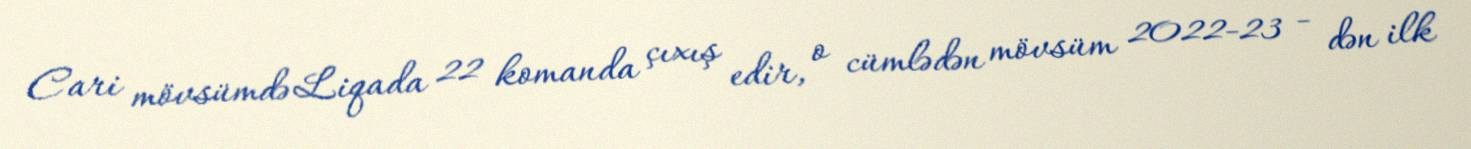
Cari mövsümdə Liqada 22 komanda çıxış edir, o cümlədən mövsüm 2022-23 - dən ilk